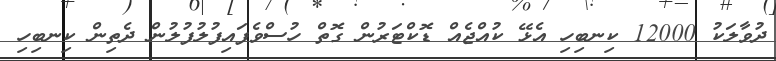
ދުވާލަކު 12000 ކިނބިހި އެޅޭ ކުއްޖެއް ޑޮކްޓަރުން ގޮތް ހުސްވެފައިފުލުފުލުން ދެތިން ކިނބިހި